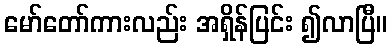
မော်တော်ကားလည်း အရှိန်ပြင်း ၍လာပြီ။